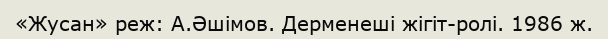
«Жусан» реж: А.Әшімов. Дерменеші жігіт-ролі. 1986 ж.